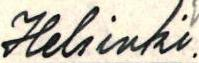
Helsinki